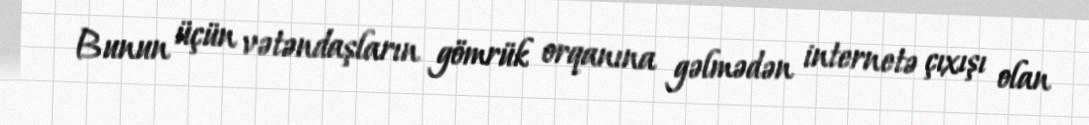
Bunun üçün vətəndaşların gömrük orqanına gəlmədən internetə çıxışı olan